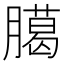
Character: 臈